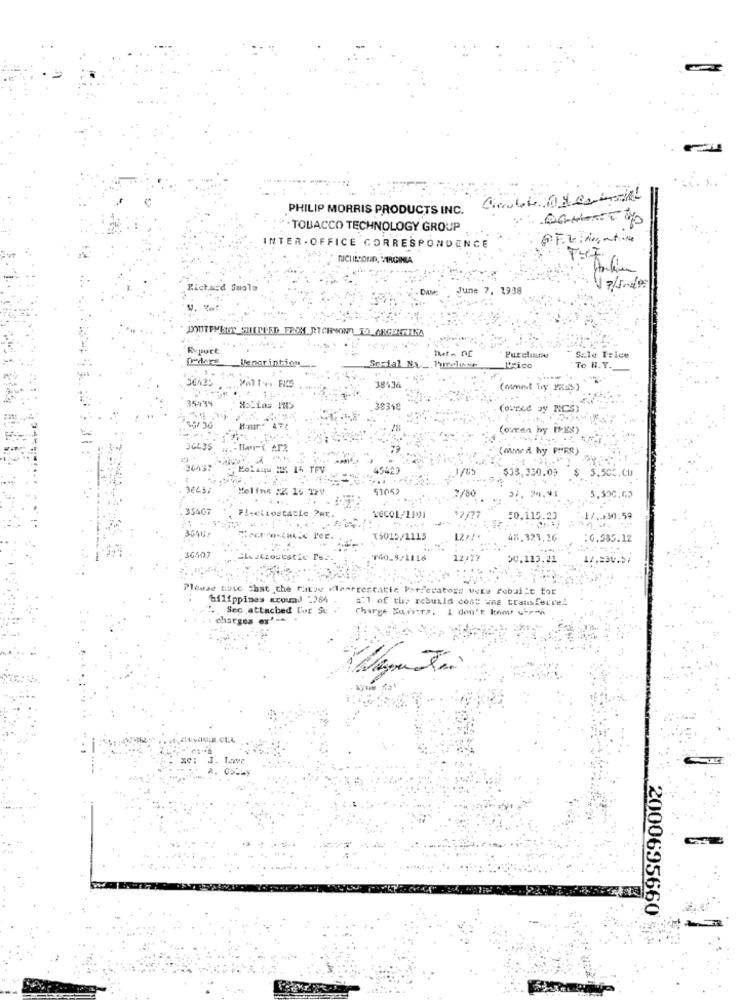
PHILIP MORRIS PRODUCTS INC.
: "TOBACCO TECHNOLOGY GROUP
INTER - OFFICE CORRESPONDENCE
NICHILSOND, VIRGINIA
Richard Suola
June 7. 1938
Rypurt
Sale Price
Dencription
Purelite
Social Na _ Turedlutte
L'Rico
To N.Y.
36425
38434
(omest lry yRES)
3543%
38318
(oured wy RCS)
5.3/ 36
(ouren by IPES)
36L35
(med hy F"RS)
26437
1/65
$33,330.03
$
5.505.CU
51052
7/80
35407
16COL/1101
50.115.23
17.330.59
[5015/1115
F. 323.
:0.585.12
36107
113.21
Please note That the fitze Klearrestatie Perforators were robuilt for
Gilippines around "284
='] of the rebuild cost was transferred
Sec attached Lor Su
Charge Surtts. I don't know viren
charges ex
J. Tave
a. Comy
2000695660